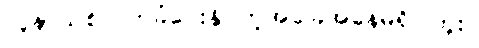
လူနာသစ်လက်ခံပေးနိုင်တဲ့အခြေအနေမရှိပါဘူး။